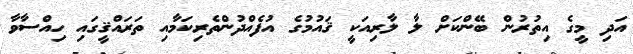
އަދި މީގެ އިތުރުން ބޭންކަށް ލާ ލާރިއަކީ ޤައުމުގެ އުފެއްދުންތެރިކަމާއި ތަރައްޤީގައި ހިއްސާވާ